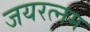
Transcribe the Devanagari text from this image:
जयरत्नम